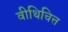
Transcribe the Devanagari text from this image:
वीथिचित्त